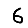
Digit: 6